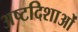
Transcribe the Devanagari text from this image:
अष्टदिशाओं